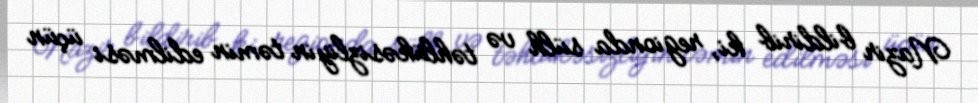
Nazir bildirib ki, regionda sülh və təhlükəsizliyin təmin edilməsi üçün